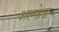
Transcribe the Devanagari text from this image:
अल्फेड